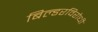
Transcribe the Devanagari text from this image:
बिल्डरविरोधी